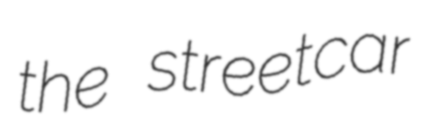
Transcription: the streetcar